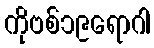
ကိုဗစ်၁၉ရောဂါ